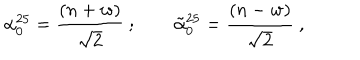
\alpha _ { 0 } ^ { 2 5 } = { \frac { ( n + w ) } { \sqrt { 2 } } } \ ; \qquad { \tilde { \alpha } } _ { 0 } ^ { 2 5 } = { \frac { ( n - w ) } { \sqrt { 2 } } } \ ,